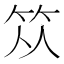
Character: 𥬈